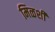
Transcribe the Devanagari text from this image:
मिळशी